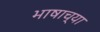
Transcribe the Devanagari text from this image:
भाषाच्या